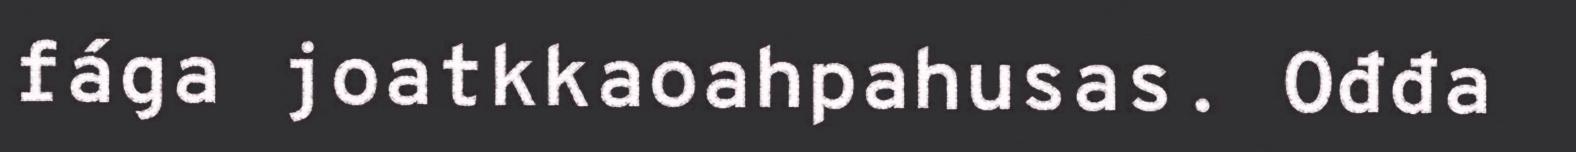
fága joatkkaoahpahusas. Ođđa